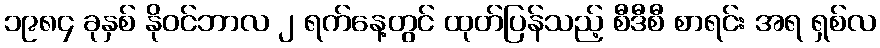
၁၉၈၄ ခုနှစ် နိုဝင်ဘာလ ၂ ရက်နေ့တွင် ထုတ်ပြန်သည့် စီဒီစီ စာရင်း အရ ရှစ်လ